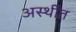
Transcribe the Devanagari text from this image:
अस्थींत